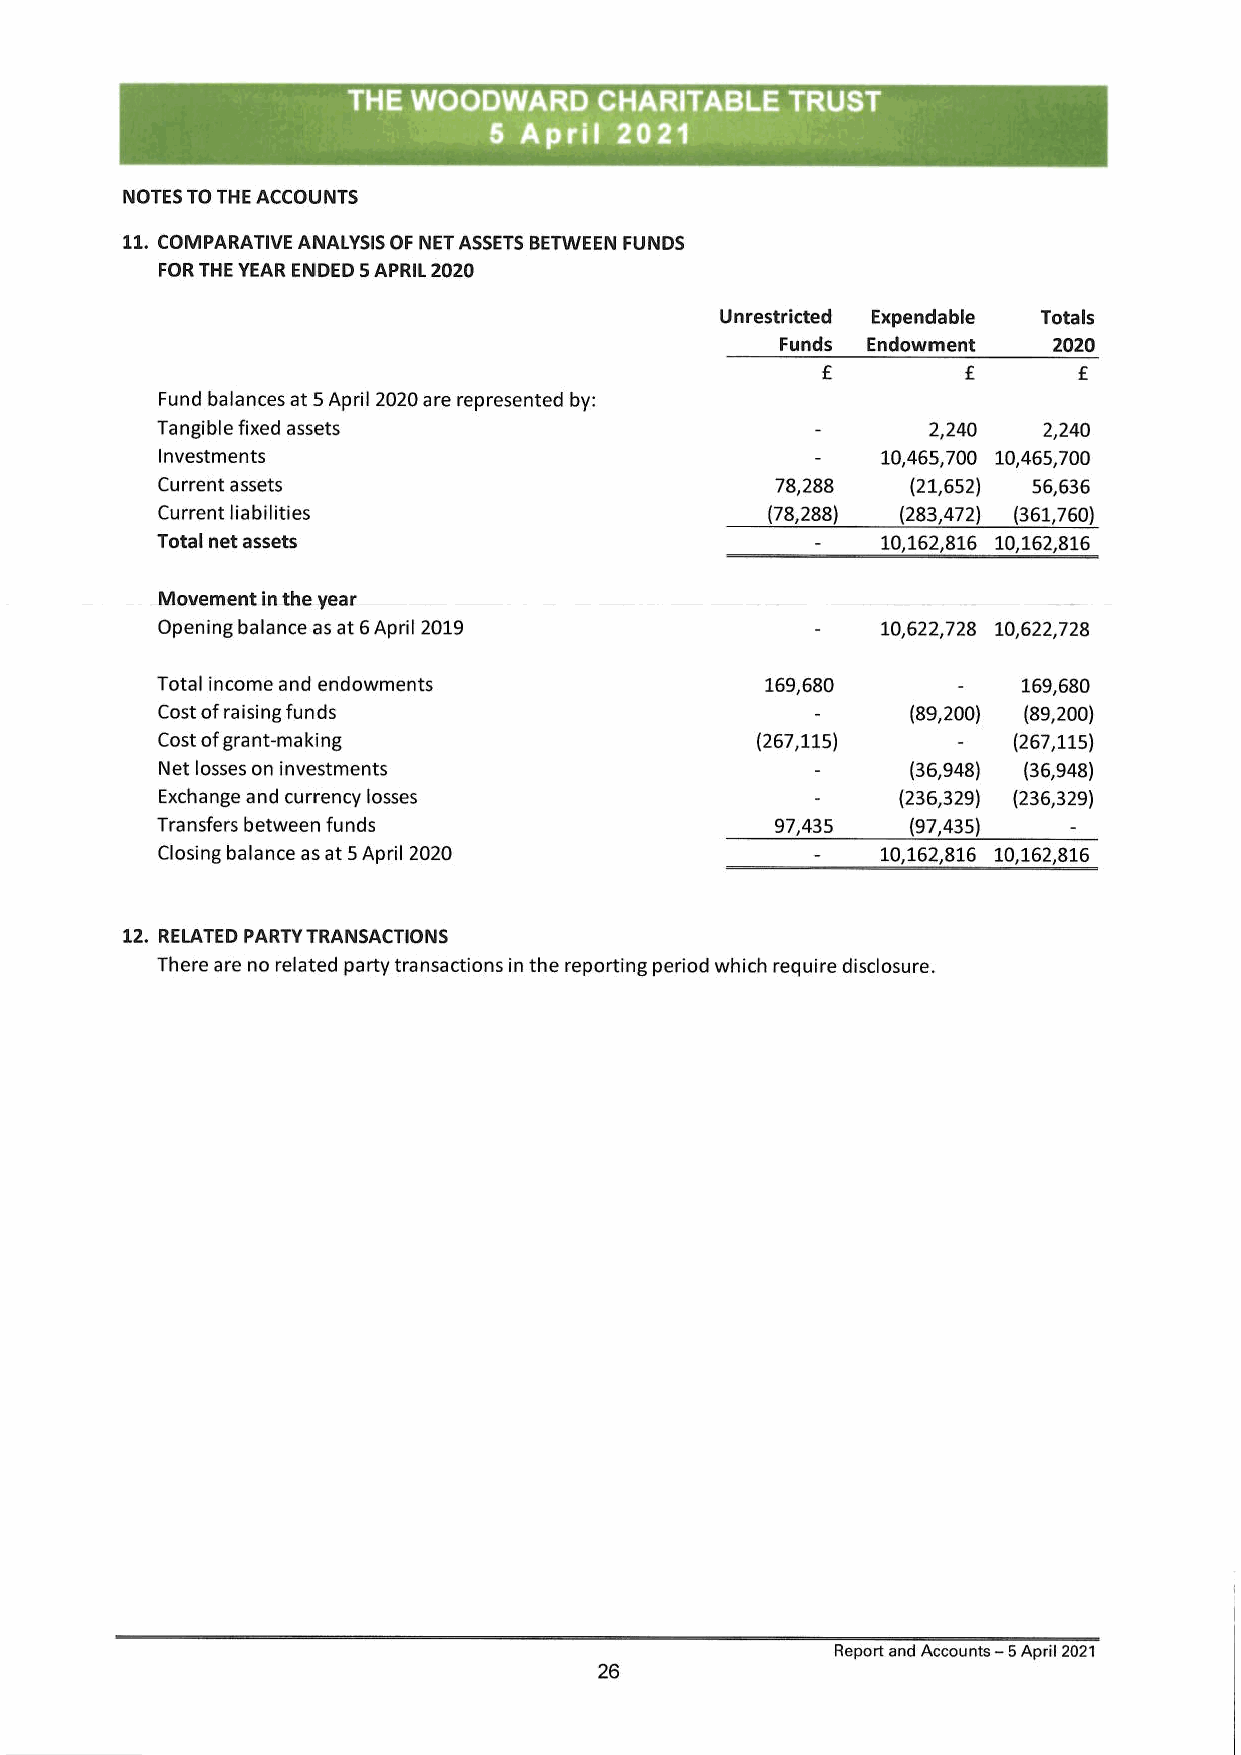
THE WOODWARD     CHARITABLE  TRUST
 5 April  2021
 NOTES TO THE ACCOUNTS
 11. COMPARATIVE ANALYSIS OF NET ASSETS BETWEEN FUNDS
 FOR THE YEAR ENDED 5 APRIL 2020
 Unrestricted Expendable Totals
 Funds Endowment   2020
 f         £      £
 Fund balances at 5 April 2020 are represented by:
 Tangible fixed assets                       -      2,240   2,240
 Investments                                -   10,465,700 10,465,700
 Current assets                          78,288   (21,652) 56,636
 Current liabilities                     (78,288) (283,472) (361,760)
 Total net assets                            -   10,1 62,816 10,162,816
 Movement in the year
 Opening balance as at 6 April 2019         -   10,622,728 10,622,728
 Total income and endowments              169,680     -    169,680
 Cost of raising funds                      -     (89,200) (89,200)
 Cost of grant-making                   (267,115)    -   (267,115)
 Net losses on investments                  -     (36,948) (36,948)
 Exchange and currency losses               -    (236,329) (236,329)
 Transfers between funds                  97,435   (97,435)   -
 Closing balance as at 5 April 2020         -   10,1 62,816 10,162,816
 12. RELATED PARTY TRANSACTIONS
 There are no related party transactions in the reporting period which require disclosure.
 Report and Accounts — 5 April 2021
 26